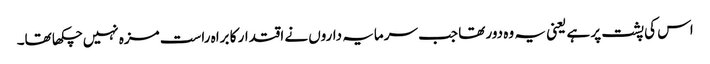
اس کی پشت پر ہے یعنی یہ وہ دور تھا جب سرمایہ داروں نے اقتدار کا براہ راست مزہ نہیں چکھا تھا۔